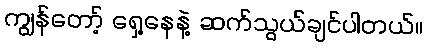
ကျွန်တော့် ရှေ့နေနဲ့ ဆက်သွယ်ချင်ပါတယ်။